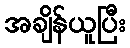
အချိန်ယူပြီး